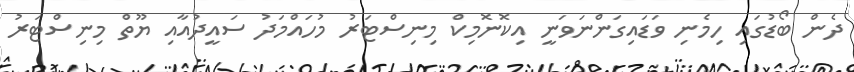
ދެން ބޯޑުގައި ހިމެނި ވަޑައިގަންނަވަނީ އިކޮނޮމިކް މިނިސްޓަރު މުހައްމަދު ސައީދުއާއި ޔޫތް މިނިސްޓަރު